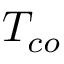
T _ { c o }